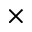
\times